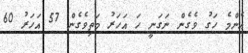
އެންމެ ހަގު ވެގެން ނަގަނީ ހަ އަހަރު މަތިވެގެން 57 އަހަރު 60